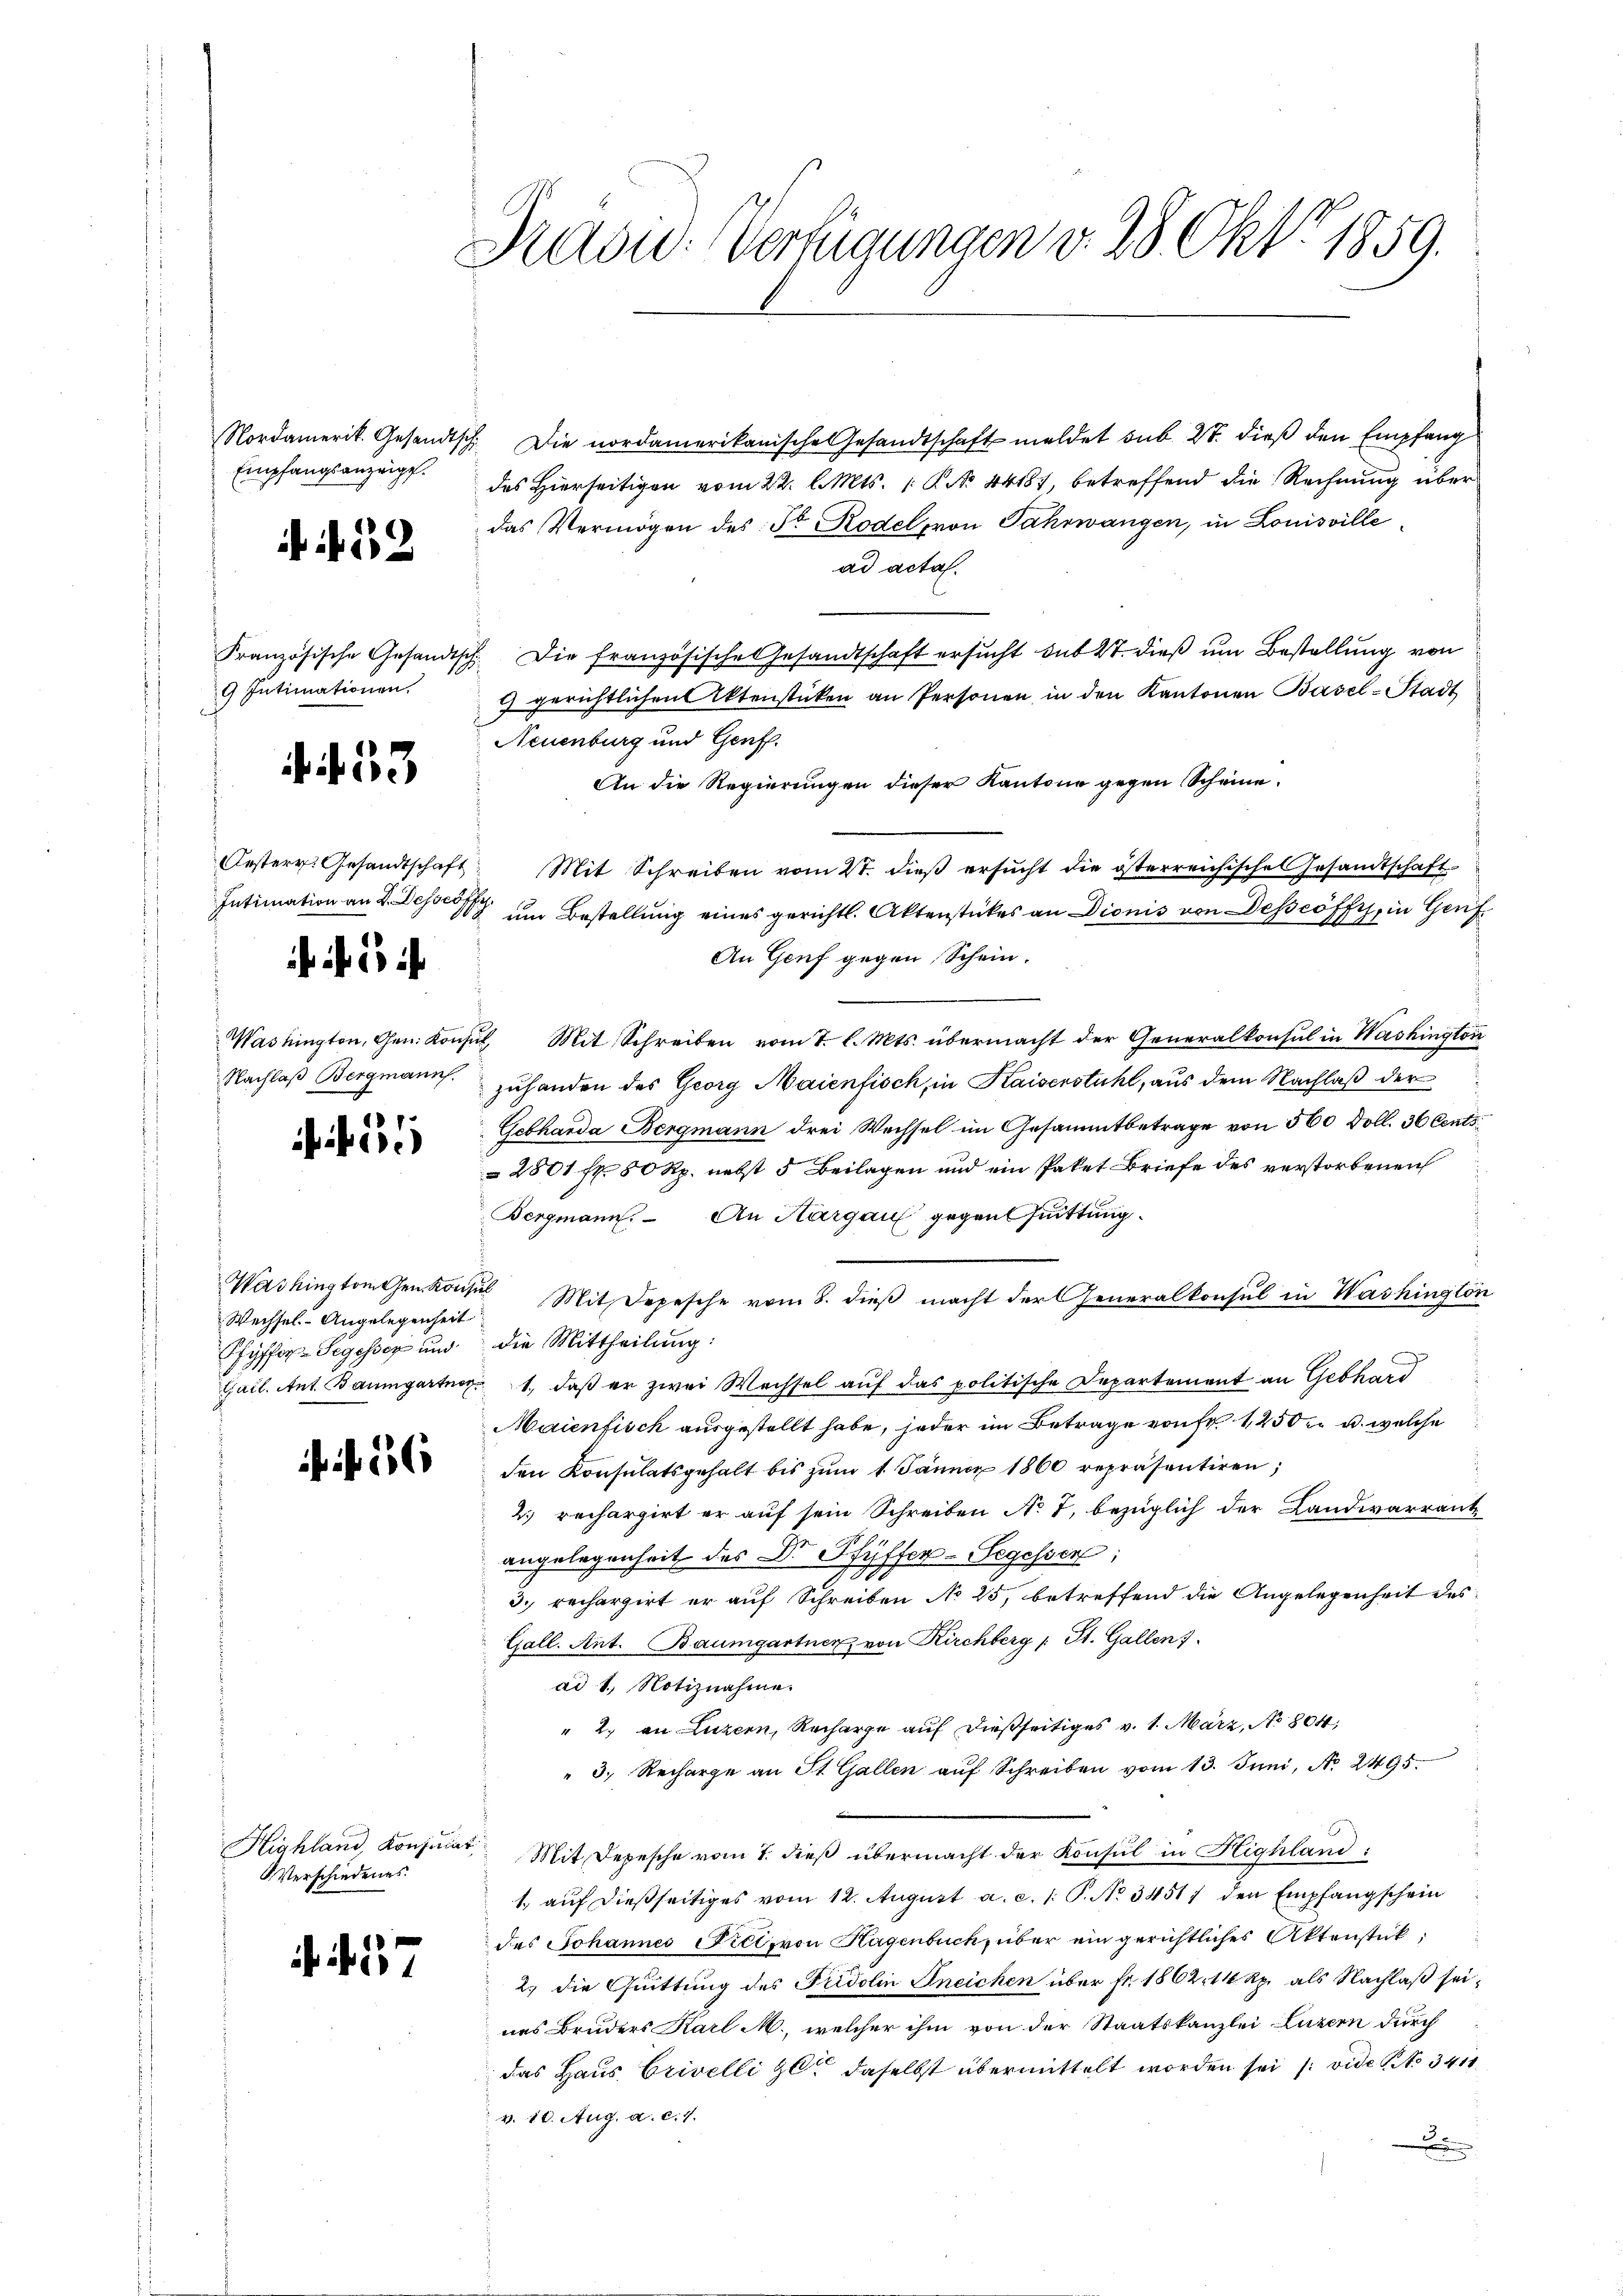
Nordamerik. Gesandtsch
Empfangsanzeigt.

52

Französische Gesandts¬
9 Intimationen.

. 433

Oesterr. Gesandtschaft
Intimation an L. Dessewffy

i e i

Washington, Gen. Konse
Nachlaß Bergmann.

Washington Gen. Kons
Wechsel. - Angelegenheit
Pfyffer-Segesser und
Cail. Ant. Baumgartner

56

Highland, Konsulat
Verschiedenes.

237

Rasid. Verfügungen v. 28. Okt 1859.

Die nordamerikanische Gesandtschaft meldet sub 27. dieß den Empfang
des Hierseitigen vom 22. l. Mts. 1. No 44187, betreffend die Rechnung überdas Vermögen des Sr Rodel von Jahrwangen, in Louisvillead acta.
Die französische Gesandtschaft ersucht sub 27. dieß um Bestellung von
4 gerichtlichen Aktenstücken an Personen in den Kantonen Basel-Stadt
Neuenburg und Genf.
An die Regierungen dieser Kantone gegen Scheine
Mit Schreiben vom 21. dieß ersucht die österreichische Gesamtschaft
) um Bestellung eines gerichtl. Aktenstückes an Dionis von Desseöffy, in Genf
An Genf gegen Schein.
 Mit Schreiben vom 1. l. Mts. übermacht der Generalkonsul in Washington
zuhanden des Georg Maienfisch, in Kaiserstuhl, aus dem Nachlaß der
Gebharda Bergmann drei Wechsel im Gesammtbetrage von 360 Doll. 36 Cents
2801 f. 50 Rp. nebst 5 Beilagen und ein Paket Briefe des verstorbenen
Bergmann. An Hargau gegen suittung.
 Mit Depesche vom 8. dieß macht der Generalkonsul in Washington
die Mittheilung:
1., daß er zwei Wechsel auf das politische Departement an Gebhard
Maienfisch ausgestellt habe, jeder im Betrage von fr. 1250 u. welche
den Konsulatsgehalt bis zŭm 1. Jänner 1860 repräsentiren;
2) rechargirt er auf sein Schreiben No 7, bezüglich der Landwarrantangelegenheit des Dr Pfyffer-Segessen:
3
3. rechargirt er auf Schreiben No 25, betreffend die Angelegenheit des
Gall. Ant. Baumgartner von Kirchberg (: St. Gallen.
ad 1. Notiznahme.
" 2. an Luzern, Recharge auf dießseitiges v. 1. März, No 804,
" 3. Recharge an St. Gallen auf Schreiben vom 13. Juni, No. 2495.
Mit Depesche vom 7. dieß übermacht der Konsul in Highland
1. auf dießseitiges vom 12. August a. c. 1. P. No 3451 den Empfangschein
des Johannes Viel, von Hagenbuch, über ein gerichtliches Aktenstück;
2) die Quittung des Fridolin Ineichen über Fr. 1862, 14 Rp. als Nachlaß seines Bruders Karl M., welcher ihm von der Staatskanzlei Luzern durch
das Haus Crivelli zu daselbst übermittelt worden sei (vide No 3411
 v. 10. Aug. a. c. 7.
x